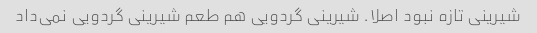
شیرینی تازه نبود اصلا. شیرینی گردویی هم طعم شیرینی گردویی نمی‌داد